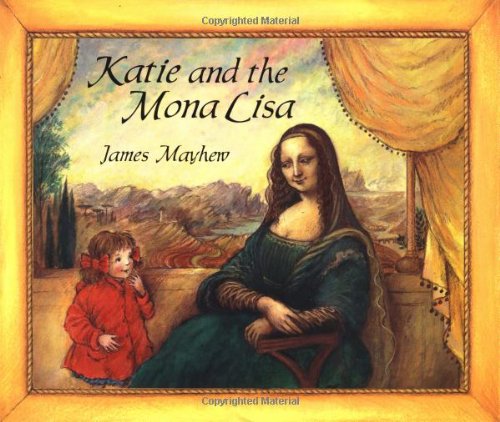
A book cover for Katie And The Mona Lisa; James Mayhew; Children's Books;